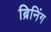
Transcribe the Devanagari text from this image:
ब्रिनिंग